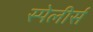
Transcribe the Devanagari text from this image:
स्पेलीर्स